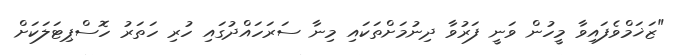
"ޒަޚަމްވެފައިވާ މީހުން ވަނީ ފަރުވާ ދިނުމަށްތަކައި މިނާ ސަރަހައްދުގައި ހުރި ހަތަރު ހޮސްޕިޓަލަކަށް